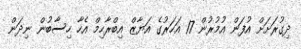
ދިގުރަށަށް އުފަން އުމުރުން 17 އަހަރުގެ އަޔާޒް އިބްރާހިމް އެހާ ހިސާބުން ނިދަން